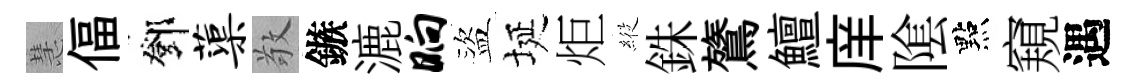
慧偪鄧蕖敬鏃漉晌盜埏炬𦂵銖鷟鱣庠隂點窺遇